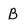
Character: B